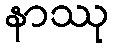
နာဿု